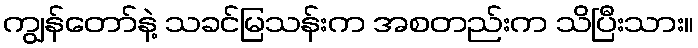
ကျွန်တော်နဲ့ သခင်မြသန်းက အစတည်းက သိပြီးသား။